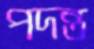
পদন্ত